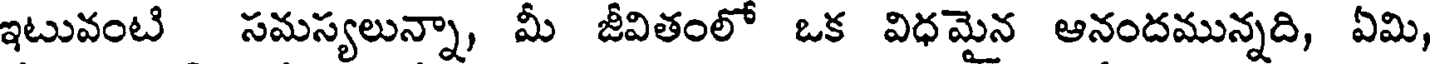
ఇటువంటి సమస్యలున్నా, మీ జీవితంలో ఒక విధమైన ఆనందమున్నది, ఏమి,